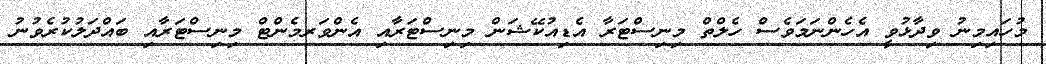
މުހައިމިނު ވިދާޅުވީ އެހެންނަމަވެސް ހެލްތް މިނިސްޓަރާ އެޑިއުކޭޝަން މިނިސްޓަރާއި އެންވަރމެންޓް މިނިސްޓަރާއި ބައްދަލުކުރެވުނު